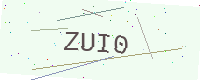
Text: ZUI0